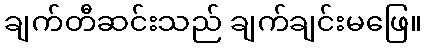
ချက်တီဆင်းသည် ချက်ချင်းမဖြေ။